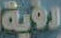
رؤية